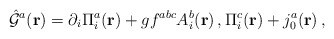
\begin{align*}{\hat {\cal G}}^{a}({\bf r})=\partial_{i}\Pi_{i}^{a}({\bf r})+gf^{abc}A_{i}^{b}({\bf r})\,,\Pi_{i}^{c}({\bf r})+j_{0}^{a}({\bf r})\,,\end{align*}